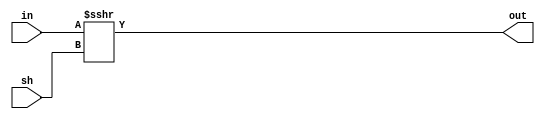
`timescale 1ns / 1ps

module SRA(input signed[31:0] in, input signed[31:0] sh , output[31:0] out);

assign out = in >>> sh;

endmodule